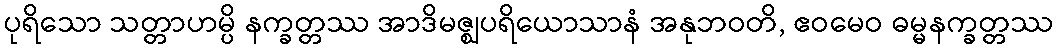
ပုရိသော သတ္တာဟမ္ပိ နက္ခတ္တဿ အာဒိမဇ္ဈပရိယောသာနံ အနုဘဝတိ, ဧဝမေဝ ဓမ္မနက္ခတ္တဿ